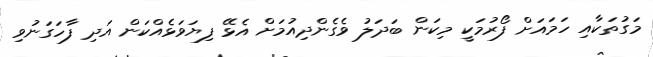
މަގުތަކާއި ހަަމައަށް ފޯރުމަކީ މިކަން ބަދަލު ވެގެންދިއުމަށް އެޅޭ ފިޔަވަޅެއްކަން އަދި ފާހަގަނުވި